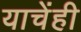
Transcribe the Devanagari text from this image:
याचेंही